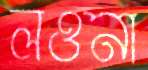
লওনা